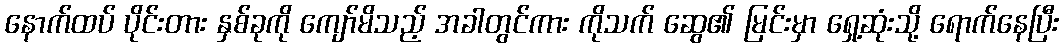
နောက်ထပ် ပိုင်းတား နှစ်ခုကို ကျော်မိသည့် အခါတွင်ကား ကိုသက် ဆွေ၏ မြင်းမှာ ရှေ့ဆုံးသို့ ရောက်နေပြီး